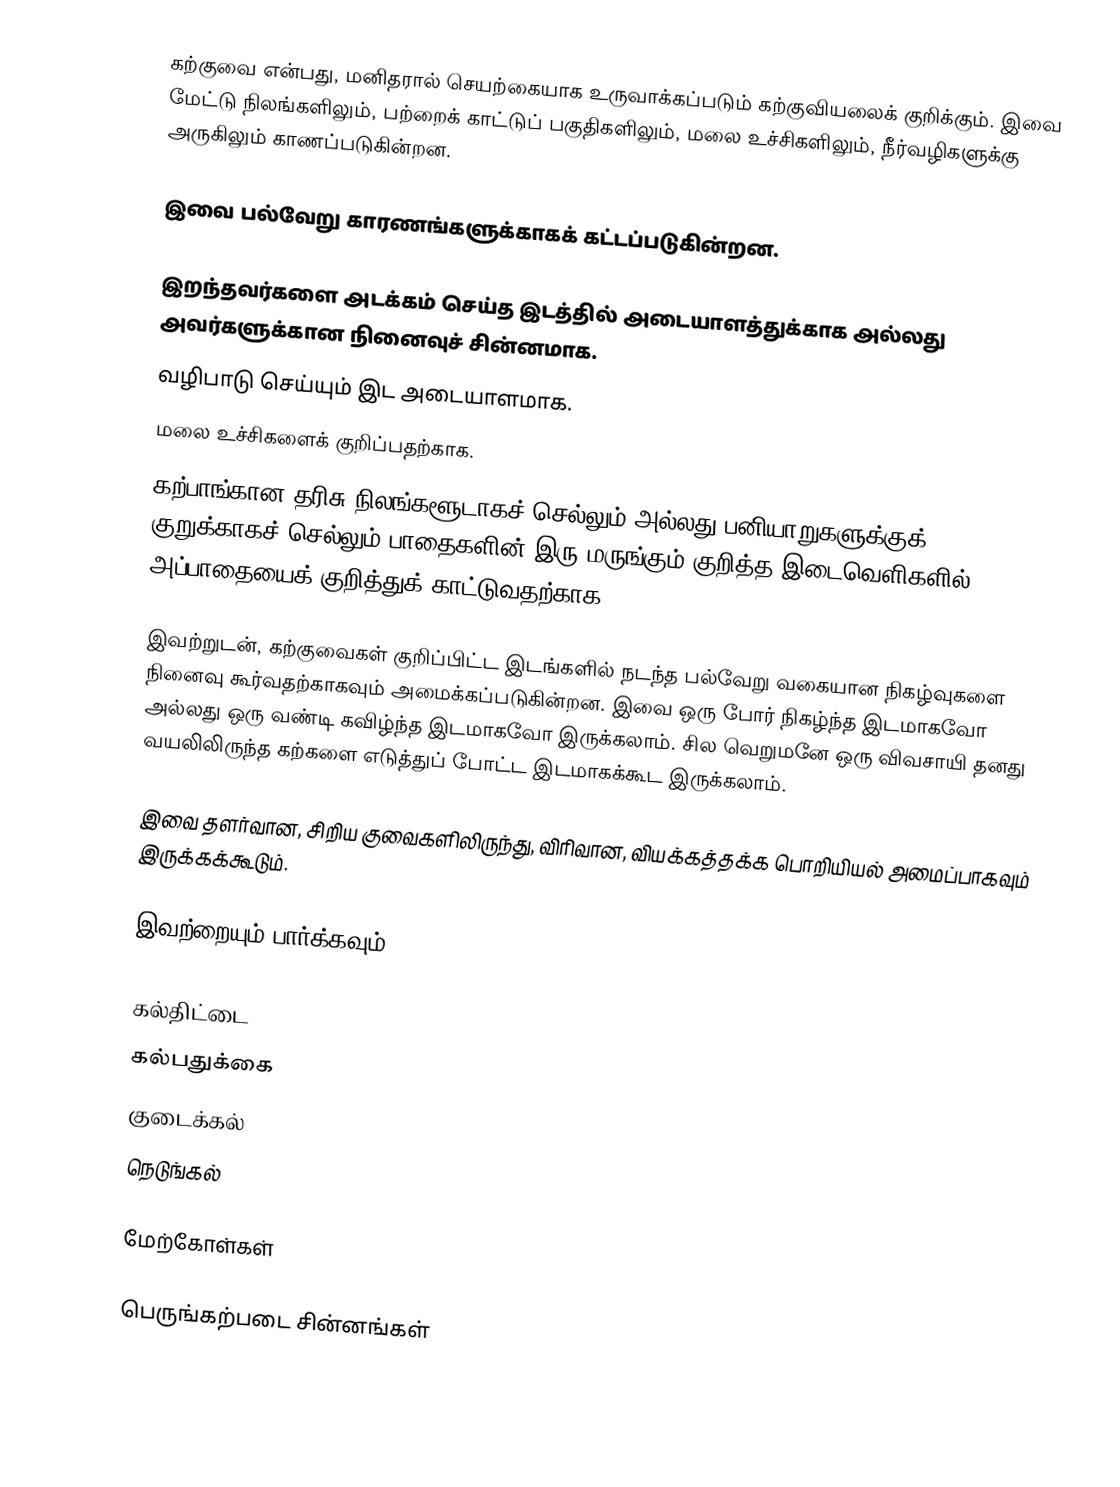
கற்குவை என்பது, மனிதரால் செயற்கையாக உருவாக்கப்படும் கற்குவியலைக் குறிக்கும். இவை மேட்டு நிலங்களிலும், பற்றைக் காட்டுப் பகுதிகளிலும், மலை உச்சிகளிலும், நீர்வழிகளுக்கு அருகிலும் காணப்படுகின்றன.

இவை பல்வேறு காரணங்களுக்காகக் கட்டப்படுகின்றன.

 இறந்தவர்களை அடக்கம் செய்த இடத்தில் அடையாளத்துக்காக அல்லது அவர்களுக்கான நினைவுச் சின்னமாக.
வழிபாடு செய்யும் இட அடையாளமாக.
 மலை உச்சிகளைக் குறிப்பதற்காக.
 கற்பாங்கான தரிசு நிலங்களூடாகச் செல்லும் அல்லது பனியாறுகளுக்குக் குறுக்காகச் செல்லும் பாதைகளின் இரு மருங்கும் குறித்த இடைவெளிகளில், அப்பாதையைக் குறித்துக் காட்டுவதற்காக.

இவற்றுடன், கற்குவைகள் குறிப்பிட்ட இடங்களில் நடந்த பல்வேறு வகையான நிகழ்வுகளை நினைவு கூர்வதற்காகவும் அமைக்கப்படுகின்றன. இவை ஒரு போர் நிகழ்ந்த இடமாகவோ அல்லது ஒரு வண்டி கவிழ்ந்த இடமாகவோ இருக்கலாம். சில வெறுமனே ஒரு விவசாயி தனது வயலிலிருந்த கற்களை எடுத்துப் போட்ட இடமாகக்கூட இருக்கலாம்.

இவை தளர்வான, சிறிய குவைகளிலிருந்து, விரிவான, வியக்கத்தக்க பொறியியல் அமைப்பாகவும் இருக்கக்கூடும்.

இவற்றையும் பார்க்கவும்

 கல்திட்டை
 கல்பதுக்கை
 குடைக்கல்
 நெடுங்கல்

மேற்கோள்கள்

பெருங்கற்படை சின்னங்கள்